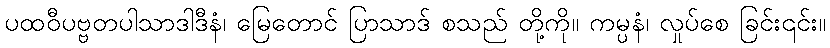
ပထဝီပဗ္ဗတပါသာဒါဒီနံ၊ မြေတောင် ပြာသာဒ် စသည် တို့ကို။ ကမ္ပနံ၊ လှုပ်စေ ခြင်း၎င်း။